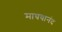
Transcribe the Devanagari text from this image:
माघवानंद